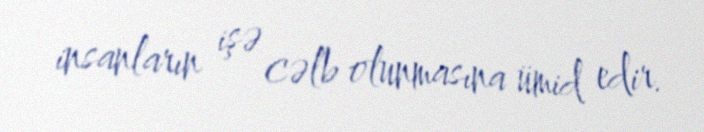
insanların işə cəlb olunmasına ümid edir.